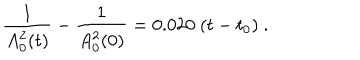
\frac { 1 } { A _ { 0 } ^ { 2 } ( t ) } - \frac { 1 } { A _ { 0 } ^ { 2 } ( 0 ) } = 0 . 0 2 0 \ ( t - t _ { 0 } ) \ .